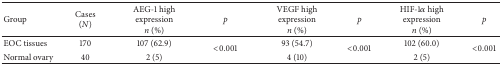
<table><thead><tr><td><b>Group</b></td><td><b>Cases (<i>N</i>)</b></td><td><b>AEG-1 high expression <i>n </i>(%)</b></td><td><b><i>p</i></b></td><td><b>VEGF highexpression<i>n </i>(%)</b></td><td><b><i>p</i></b></td><td><b>HIF-1<i>α</i> high expression<i>n </i>(%)</b></td><td><b><i>p</i></b></td></tr></thead><tbody><tr><td>EOC tissues</td><td>170</td><td>107 (62.9)</td><td rowspan="2">&lt;0.001</td><td>93 (54.7)</td><td rowspan="2">&lt;0.001</td><td>102 (60.0)</td><td rowspan="2">&lt;0.001</td></tr><tr><td>Normal ovary</td><td>40</td><td>2 (5)</td><td>4 (10)</td><td>2 (5)</td></tr></tbody></table>